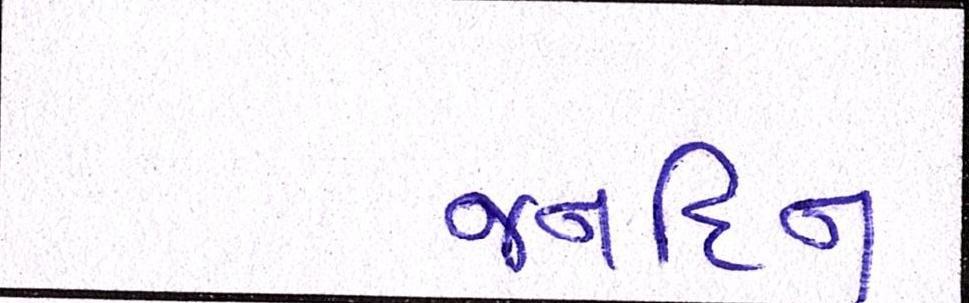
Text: જર્નાદન